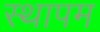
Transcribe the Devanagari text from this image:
स्थापम